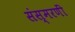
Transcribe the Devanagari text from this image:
संस्मरणीं